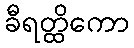
ခီရတ္ထိကော